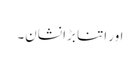
اور اتنا بڑا نشان۔